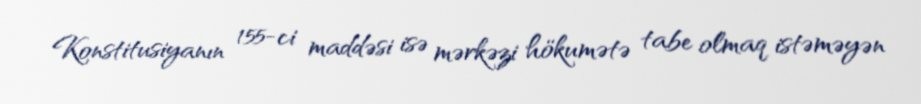
Konstitusiyanın 155-ci maddəsi isə mərkəzi hökumətə tabe olmaq istəməyən